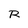
Character: R